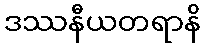
ဒဿနီယတရာနိ